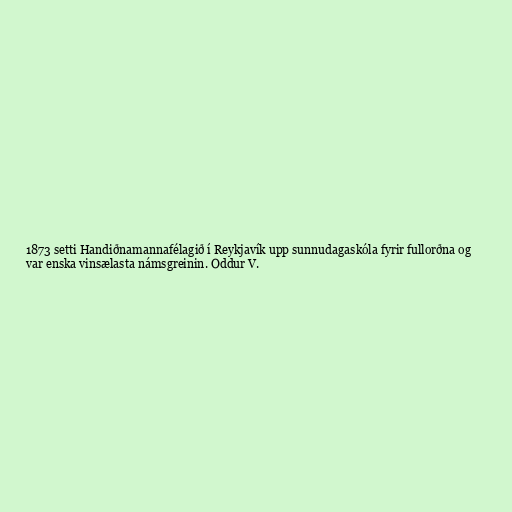
1873 setti Handiðnamannafélagið í Reykjavík upp sunnudagaskóla fyrir fullorðna og
var enska vinsælasta námsgreinin. Oddur V.